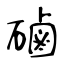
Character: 磠